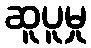
ဆူပူမှု